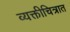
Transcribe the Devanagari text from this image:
व्यक्तीचित्रात